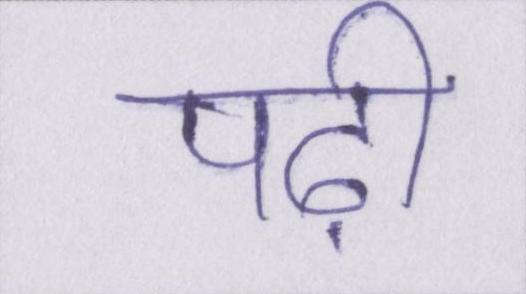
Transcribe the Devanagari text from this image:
पढ़ी